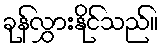
ခုန်လွှားနိုင်သည်။